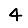
Digit: 4